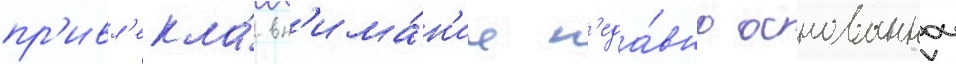
пр'ивл'екла́ вн'има́н'ие н'еда́вно основаннои